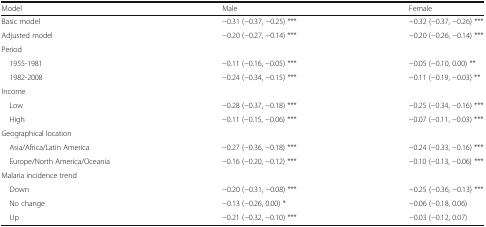
| Model | Male | Female |
 | --- | --- | --- |
 | Basic model | −0.31 (−0.37, −0.25) *** | −0.32 (−0.37, −0.26) *** |
 | Adjusted model | −0.20 (−0.27, −0.14) *** | −0.20 (−0.26, −0.14) *** |
 | <COLSPAN=3> Period |
 | 1955-1981 | −0.11 (−0.16, −0.05) *** | −0.05 (−0.10, 0.00) ** |
 | 1982-2008 | −0.24 (−0.34, −0.15) *** | −0.11 (−0.19, −0.03) ** |
 | <COLSPAN=3> Income |
 | Low | −0.28 (−0.37, −0.18) *** | −0.25 (−0.34, −0.16) *** |
 | High | −0.11 (−0.15, −0.06) *** | −0.07 (−0.11, −0.03) *** |
 | <COLSPAN=3> Geographical location |
 | Asia/Africa/Latin America | −0.27 (−0.36, −0.18) *** | −0.24 (−0.33, −0.16) *** |
 | Europe/North America/Oceania | −0.16 (−0.20, −0.12) *** | −0.10 (−0.13, −0.06) *** |
 | <COLSPAN=3> Malaria incidence trend |
 | Down | −0.20 (−0.31, −0.08) *** | −0.25 (−0.36, −0.13) *** |
 | No change | −0.13 (−0.26, 0.00) * | −0.06 (−0.18, 0.06) |
 | Up | −0.21 (−0.32, −0.10) *** | −0.03 (−0.12, 0.07) |